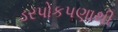
ડરપોકપણાથી